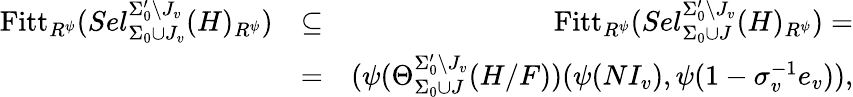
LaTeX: \begin{array}{rlr}{\mathrm{Fitt}_{{R^{\psi}}}(Sel_{\Sigma_{0}\cup J_{v}}^{\Sigma_{0}^{\prime}\setminus J_{v}}(H)_{R^{\psi}})}&{\subseteq}&{\mathrm{Fitt}_{R^{\psi}}(Sel_{\Sigma_{0}\cup J}^{\Sigma_{0}^{\prime}\setminus J_{v}}(H)_{R^{\psi}})=}\\ &{=}&{(\psi(\Theta_{\Sigma_{0}\cup J}^{\Sigma_{0}^{\prime}\setminus J_{v}}(H/F))(\psi(NI_{v}),\psi(1-\sigma_{v}^{-1}e_{v})),}\end{array}